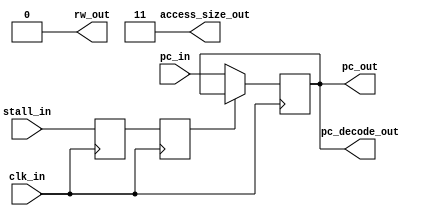
module ECE429_Fetch(clk_in, pc_in, pc_out, pc_decode_out, rw_out, stall_in, access_size_out);

input clk_in;
input [0:31] pc_in;
input stall_in;

output [0:31] pc_out;
output [0:31] pc_decode_out;
output rw_out;	// 0 to read, 1 to write
output [0:1] access_size_out;	// 11 for word, 10 for half-word, 01/00 byte

reg [0:31] program_counter;

assign pc_out = program_counter;
assign pc_decode_out = program_counter;
assign access_size_out = 2'b11;
assign rw_out = 1'b0;

reg stallDelay1;		// TODO : Remove after PD4
reg stallDelay2;		// TODO : Remove after PD4

initial begin
	program_counter = 32'h80020000;
	stallDelay1 = 1;		// TODO : Remove after PD4
	stallDelay2 = 1;		// TODO : Remove after PD4
end

always @(posedge clk_in)		// TODO : Remove after PD4
begin
	stallDelay1 <= stall_in;
	stallDelay2 <= stallDelay1;
end

always @ (posedge clk_in)
begin
	//if (!stall_in) begin
	if (!stallDelay2) begin			// TODO : Change back after PD4
		//program_counter <= program_counter + 4; 		// Changed for PD4
		program_counter <= pc_in; 
	end
end
endmodule